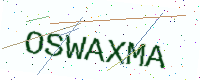
Text: OSWAXMA